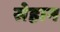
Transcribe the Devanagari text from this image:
सेहान